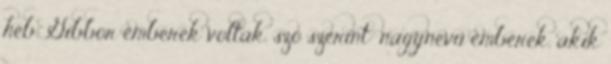
héb. Gibbor emberek voltak. szó szerint: nagynevű emberek, akik